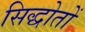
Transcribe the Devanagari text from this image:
सिद्धोतों